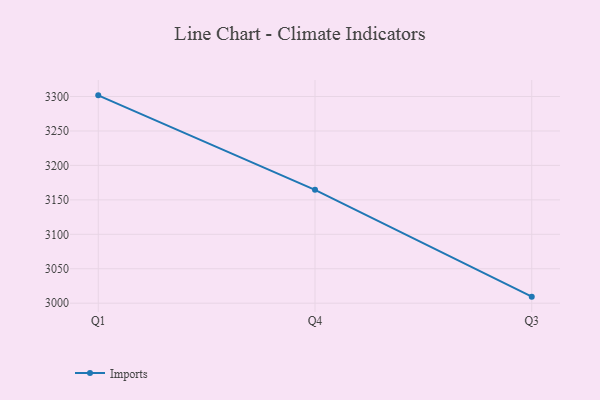
{"axis": {"x": "Quarter", "y": "Demand Index"}, "legend": ["Imports"], "data": [{"x": "Q1", "y": 3301.7, "type": "Imports"}, {"x": "Q4", "y": 3164.6, "type": "Imports"}, {"x": "Q3", "y": 3009.5, "type": "Imports"}]}